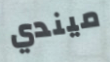
ميندي